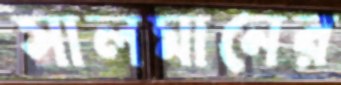
সালমানের